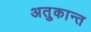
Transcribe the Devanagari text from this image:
अतुकान्त